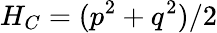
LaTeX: H_{C}=(p^{2}+q^{2})/2